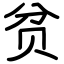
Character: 贫